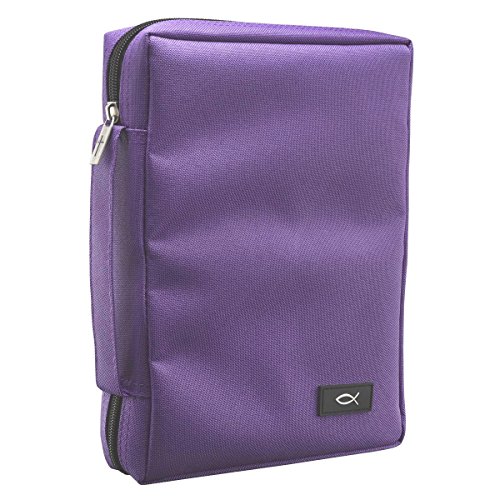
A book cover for Promo Poly-Canvas Bible / Book Cover w/Fish Applique (Large, Dahlia Purple); Christian Art Gifts; Crafts, Hobbies & Home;